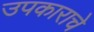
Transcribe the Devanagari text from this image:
उपकाराचे